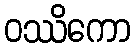
ဝဿိကော